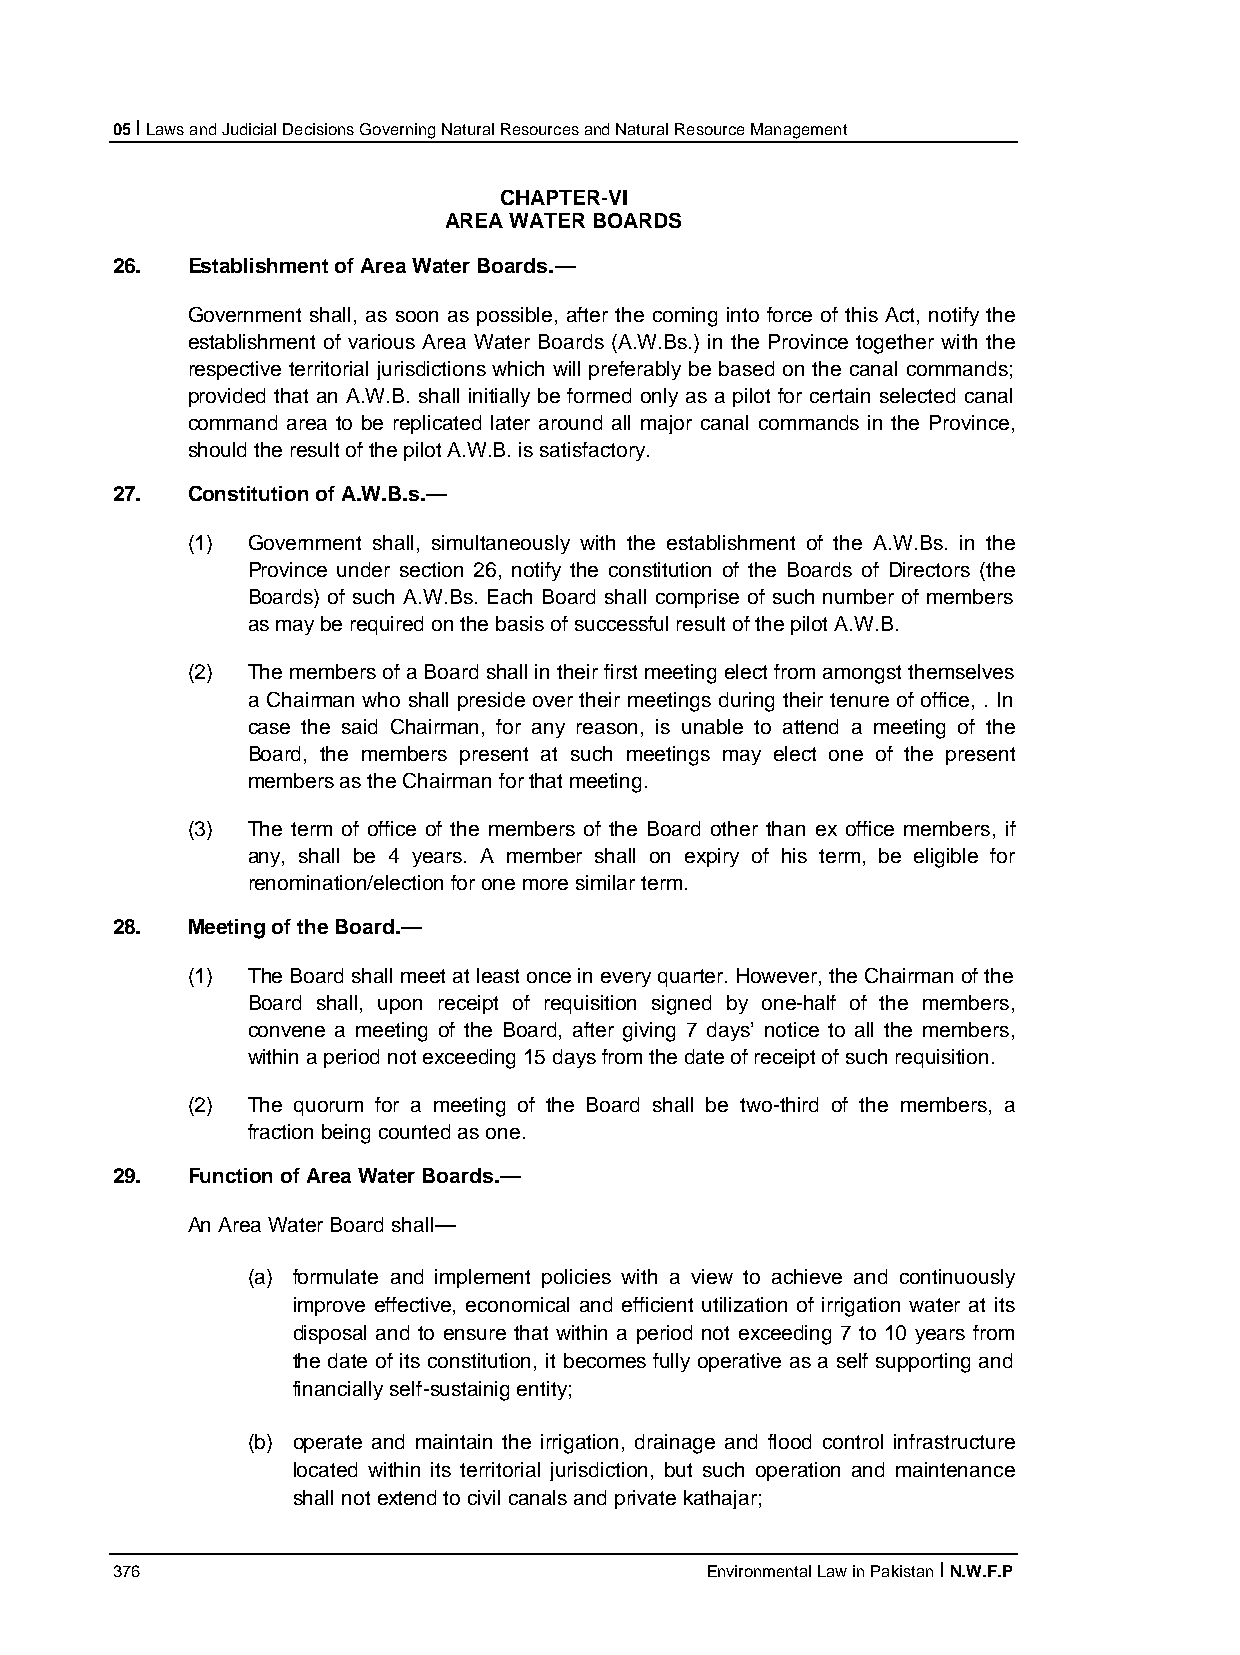
05 I Laws and Judicial Decisions Governing Natural Resources and Natural Resource Management
 CHAPTER-VI
 AREA WATER BOARDS
 26.  Establishment of Area Water Boards.—
 Government shall, as soon as possible, after the coming into force of this Act, notify the
 establishment of various Area Water Boards (A.W.Bs.) in the Province together with the
 respective territorial jurisdictions which will preferably be based on the canal commands;
 provided that an A.W.B. shall initially be formed only as a pilot for certain selected canal
 command area to be replicated later around all major canal commands in the Province,
 should the result of the pilot A.W.B. is satisfactory.
 27.  Constitution of A.W.B.s.—
 (1) Government shall, simultaneously with the establishment of the A.W.Bs. in the
 Province under section 26, notify the constitution of the Boards of Directors (the
 Boards) of such A.W.Bs. Each Board shall comprise of such number of members
 as may be required on the basis of successful result of the pilot A.W.B.
 (2) The members of a Board shall in their first meeting elect from amongst themselves
 a Chairman who shall preside over their meetings during their tenure of office, . In
 case the said Chairman, for any reason, is unable to attend a meeting of the
 Board, the members present at such meetings may elect one of the present
 members as the Chairman for that meeting.
 (3) The term of office of the members of the Board other than ex office members, if
 any, shall be 4 years. A member shall on expiry of his term, be eligible for
 renomination/election for one more similar term.
 28.  Meeting of the Board.—
 (1) The Board shall meet at least once in every quarter. However, the Chairman of the
 Board shall, upon receipt of requisition signed by one-half of the members,
 convene a meeting of the Board, after giving 7 days’ notice to all the members,
 within a period not exceeding 15 days from the date of receipt of such requisition.
 (2) The quorum for a meeting of the Board shall be two-third of the members, a
 fraction being counted as one.
 29.  Function of Area Water Boards.—
 An Area Water Board shall—
 (a) formulate and implement policies with a view to achieve and continuously
 improve effective, economical and efficient utilization of irrigation water at its
 disposal and to ensure that within a period not exceeding 7 to 10 years from
 the date of its constitution, it becomes fully operative as a self supporting and
 financially self-sustainig entity;
 (b) operate and maintain the irrigation, drainage and flood control infrastructure
 located within its territorial jurisdiction, but such operation and maintenance
 shall not extend to civil canals and private kathajar;
 376                                     Environmental Law in Pakistan I N.W.F.P